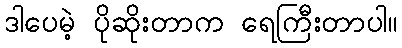
ဒါပေမဲ့ ပိုဆိုးတာက ရေကြီးတာပါ။